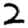
Digit: 2